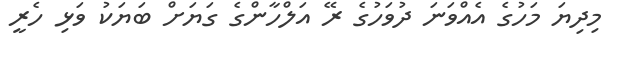
މިދިޔަ މަހުގެ އެެއްވަނަ ދުވަހުގެ ރޭ އަލްހާންގެ ގަޔަށް ބަޔަކު ވަޅި ހެރީ